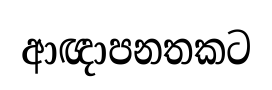
ආඥාපනතකට